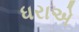
ધરાએ